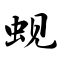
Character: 蚬